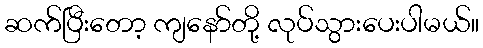
ဆက်ပြီးတော့ ကျနော်တို့ လုပ်သွားပေးပါမယ်။